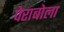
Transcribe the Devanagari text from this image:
पेराबोला